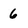
Character: 6